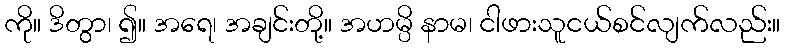
ကို။ ဒိတွာ၊ ၍။ အရေ၊ အချင်းတို့။ အဟမ္ပိ နာမ၊ ငါဖားသူငယ်စင်လျက်လည်း။